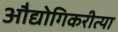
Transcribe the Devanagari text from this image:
औद्योगिकरीत्या